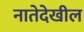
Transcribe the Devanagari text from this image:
नातेदेखील